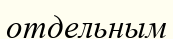
отдельным